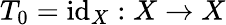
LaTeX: T_{0}=\mathrm{id}_{X}:X\rightarrow X